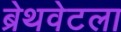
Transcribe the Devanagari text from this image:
ब्रेथवेटला